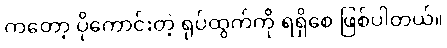
ကတော့ ပိုကောင်းတဲ့ ရုပ်ထွက်ကို ရရှိစေ ဖြစ်ပါတယ်။